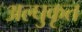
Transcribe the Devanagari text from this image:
अल्घुकृत